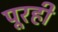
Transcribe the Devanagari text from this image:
पूरही